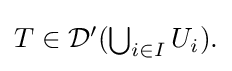
{\textstyle T\in {\mathcal {D}}'(\bigcup _{i\in I}U_{i}).}